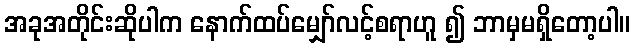
အခုအတိုင်းဆိုပါက နောက်ထပ်မျှော်လင့်စရာဟူ ၍ ဘာမှမရှိတော့ပါ။